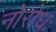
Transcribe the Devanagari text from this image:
नोरोधः